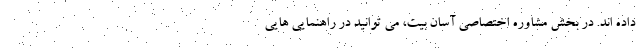
داده اند. در بخش مشاوره اختصاصی آسان بیت، می توانید در راهنمایی هایی